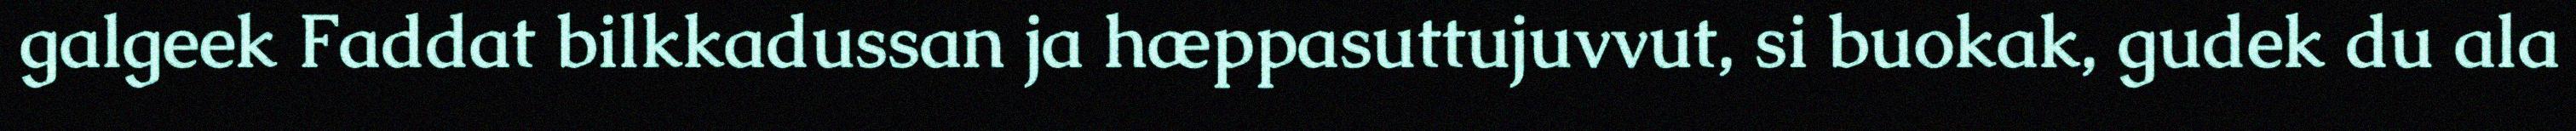
galgeek Faddat bilkkadussan ja hæppasuttujuvvut, si buokak, gudek du ala